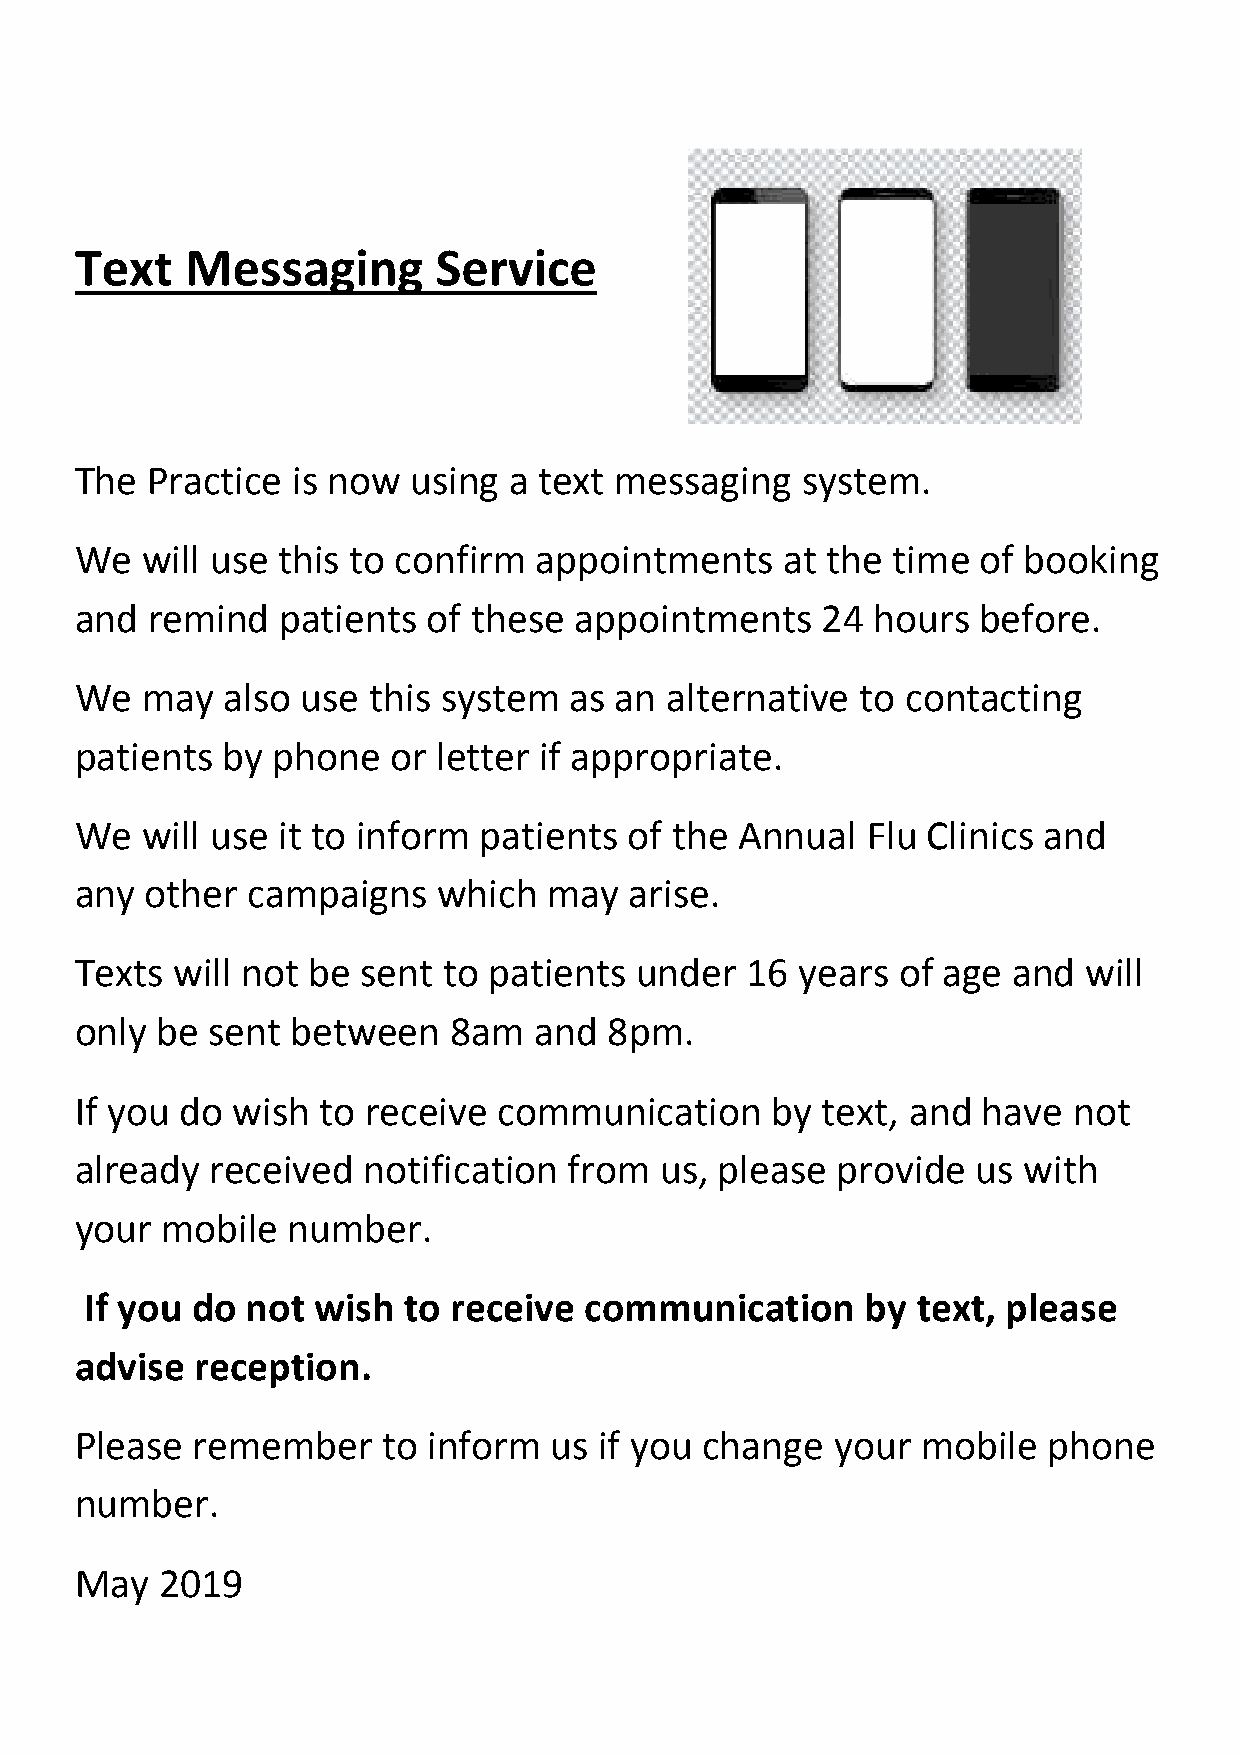
Text   Messaging        Service
 The  Practice is now  using  a text messaging   system.
 We  will use this to confirm   appointments    at the time  of booking
 and  remind   patients of these  appointments    24  hours  before.
 We  may   also use this system   as an alternative  to contacting
 patients  by phone   or letter if appropriate.
 We  will use it to inform  patients  of the Annual  Flu Clinics and
 any  other campaigns    which  may   arise.
 Texts  will not be sent to patients  under  16  years of age  and  will
 only be  sent between    8am  and  8pm.
 If you do wish  to receive  communication     by text, and  have  not
 already  received  notification  from  us, please provide   us with
 your  mobile  number.
 If you do not  wish  to receive  communication     by  text, please
 advise  reception.
 Please  remember    to inform  us  if you change  your  mobile  phone
 number.
 May   2019